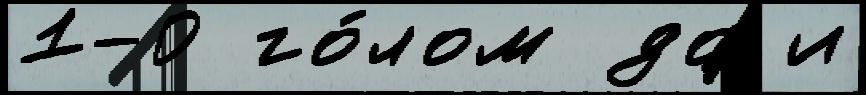
1-0 го́лом до и